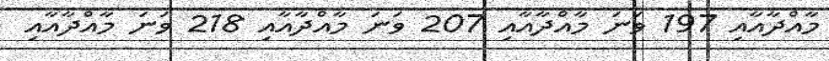
މާއްދާއާއި 197 ވަނަ މާއްދާއާއި 207 ވަނަ މާއްދާއާއި 218 ވަނަ މާއްދާއާއި